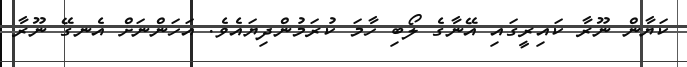
ކަޔާން ނޫރާ ކައިރީގައި އޭނާގެ ލޯބި ހާމަ ކުރަމުންދިޔައެވެ. އަހަންނަށް އެނގޭ ނޫރާ